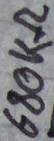
Text: 680kΩ